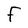
Character: r